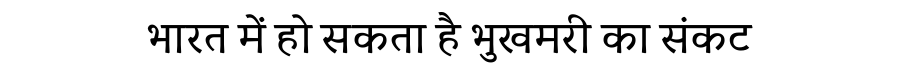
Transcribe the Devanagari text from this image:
भारत में हो सकता है भुखमरी का संकट